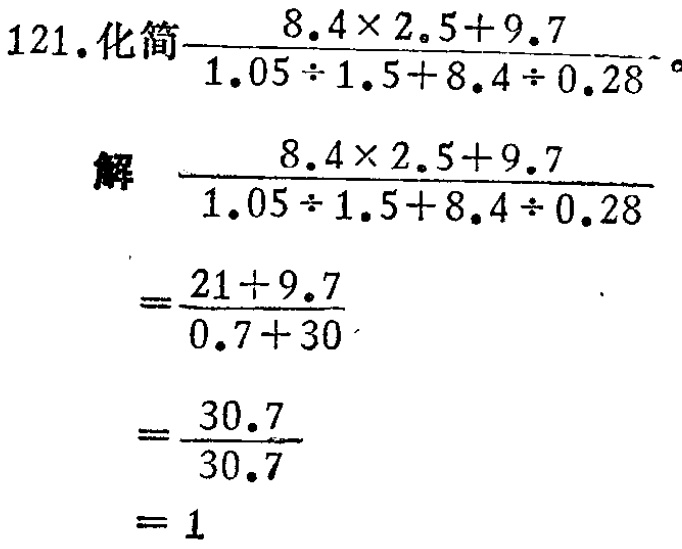
121.化简\(\frac{8.4\times2.5 + 9.7}{1.05\div1.5 + 8.4\div0.28}\)。
解
\(\frac{8.4\times2.5 + 9.7}{1.05\div1.5 + 8.4\div0.28}\)
\(=\frac{21 + 9.7}{0.7 + 30}\)
\(=\frac{30.7}{30.7}\)
\(= 1\)